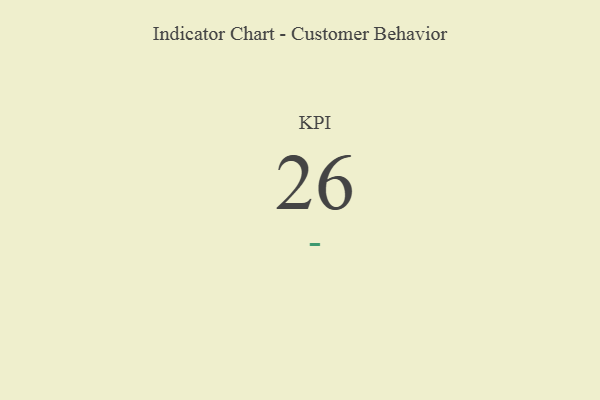
{"axis": {"x": "KPI", "y": "Value"}, "legend": [""], "data": [{"x": "KPI", "y": 26, "type": ""}]}